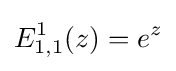
E_{1,1}^{1}(z)=e^{z}